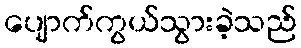
ပျောက်ကွယ်သွားခဲ့သည်